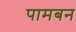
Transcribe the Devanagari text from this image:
पामबन